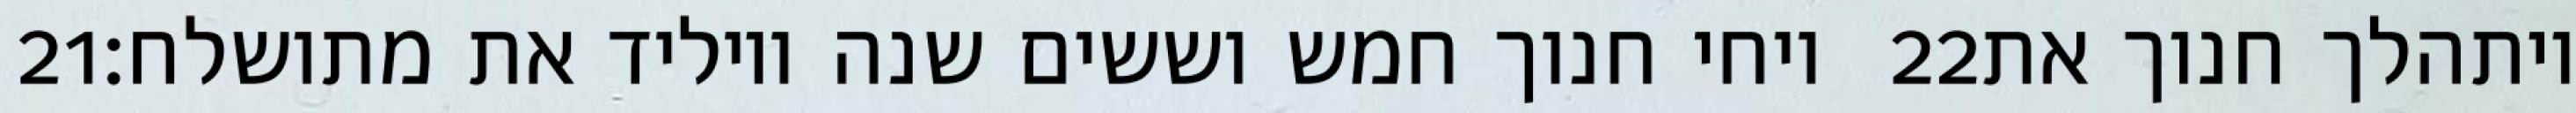
‎21‏ ויחי חנוך חמש וששים שנה ויוליד את מתושלח׃ ‎22‏ ויתהלך חנוך את